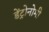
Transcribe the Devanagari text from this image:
डेंट्रोनोमी